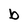
Character: b